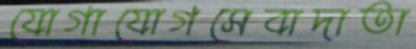
যোগাযোগসেবাদাতা